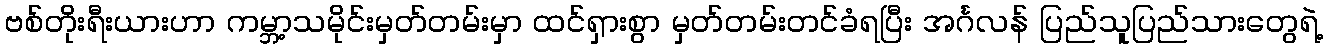
ဗစ်တိုးရီးယားဟာ ကမ္ဘာ့သမိုင်းမှတ်တမ်းမှာ ထင်ရှားစွာ မှတ်တမ်းတင်ခံရပြီး အင်္ဂလန် ပြည်သူပြည်သားတွေရဲ့